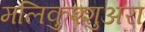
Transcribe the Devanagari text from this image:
मलिकुश्शुअरा